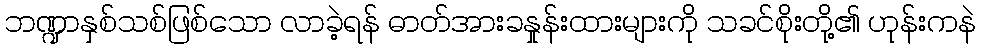
ဘဏ္ဍာနှစ်သစ်ဖြစ်သော လာခဲ့ရန် ဓာတ်အားခနှုန်းထားများကို သခင်စိုးတို့၏ ဟုန်းကနဲ